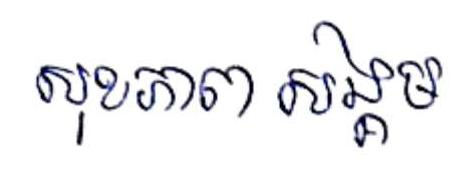
សុខភាព សង្គម